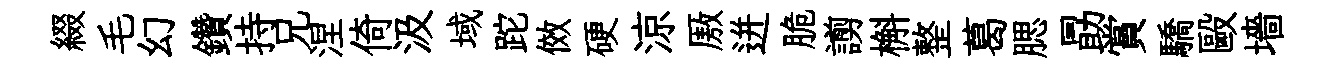
綴毛幻鑽持兄涅倚汲域跎傚硬涼厫迸脆謭槲整葛腮勗賞驕毆墻